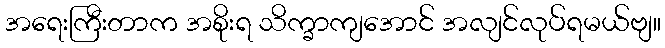
အရေးကြီးတာက အစိုးရ သိက္ခာကျအောင် အလျင်လုပ်ရမယ်ဗျ။